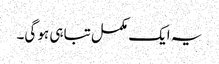
یہ ایک مکمل تباہی ہو گی۔